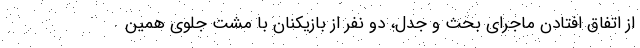
از اتفاق افتادن ماجرای بحث و جدل، دو نفر از بازیکنان با مشت جلوی همین